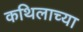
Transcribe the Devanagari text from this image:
कथिलाच्या